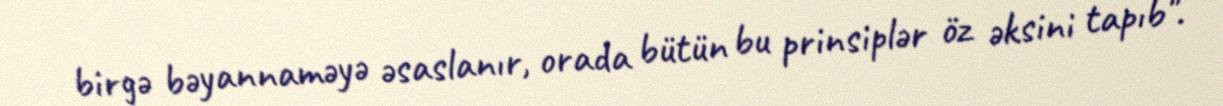
birgə bəyannaməyə əsaslanır, orada bütün bu prinsiplər öz əksini tapıb".